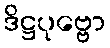
ဒိဋ္ဌပုဗ္ဗော